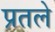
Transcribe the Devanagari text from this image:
प्रतले